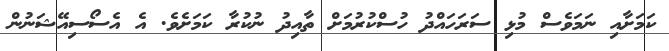
ކަމަށާއި ނަމަވެސް މުޅި ސަރަހައްދު ހުސްކުރުމަށް ތާއިދު ނުކުރާ ކަމަށެވެ. އެ އެސޯސިއޭޝަނުން